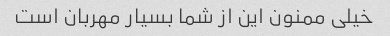
خیلی ممنون این از شما بسیار مهربان است